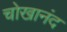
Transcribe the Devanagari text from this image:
चोखानंद